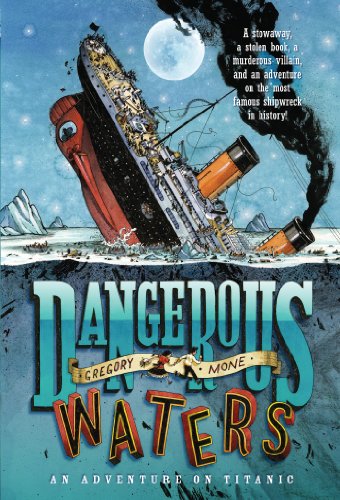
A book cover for Dangerous Waters: An Adventure on the Titanic; Gregory Mone; Children's Books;